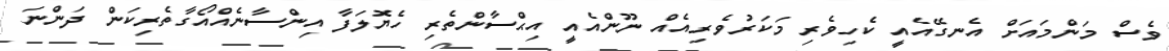
ވެސް މަންމައަށް އެނގޭއެއީ ކެހިވެރި މަކަރުވެރިއެއް ނޫންއެއީ އިޙްސާންތެރި ހެޔޮލަފާ އިންސާނެއްއޯގާތެރިކަންް ދަންނަ